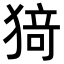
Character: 𭸟